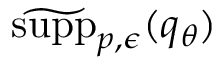
\widetilde { \mathrm { s u p p } } _ { p , \epsilon } ( q _ { \theta } )